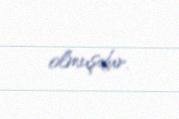
olmuşdur.